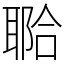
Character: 鿢